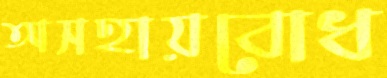
অসহায়বোধ